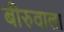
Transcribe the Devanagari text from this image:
बीरुवाला